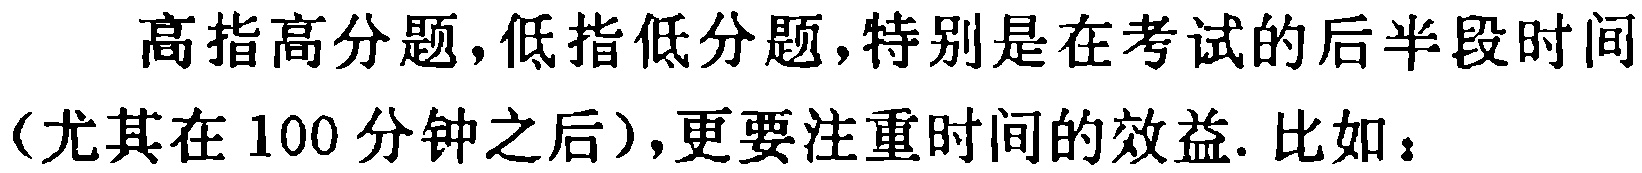
高指高分题,低指低分题,特别是在考试的后半段时间（尤其在 100 分钟之后）,更要注重时间的效益. 比如：